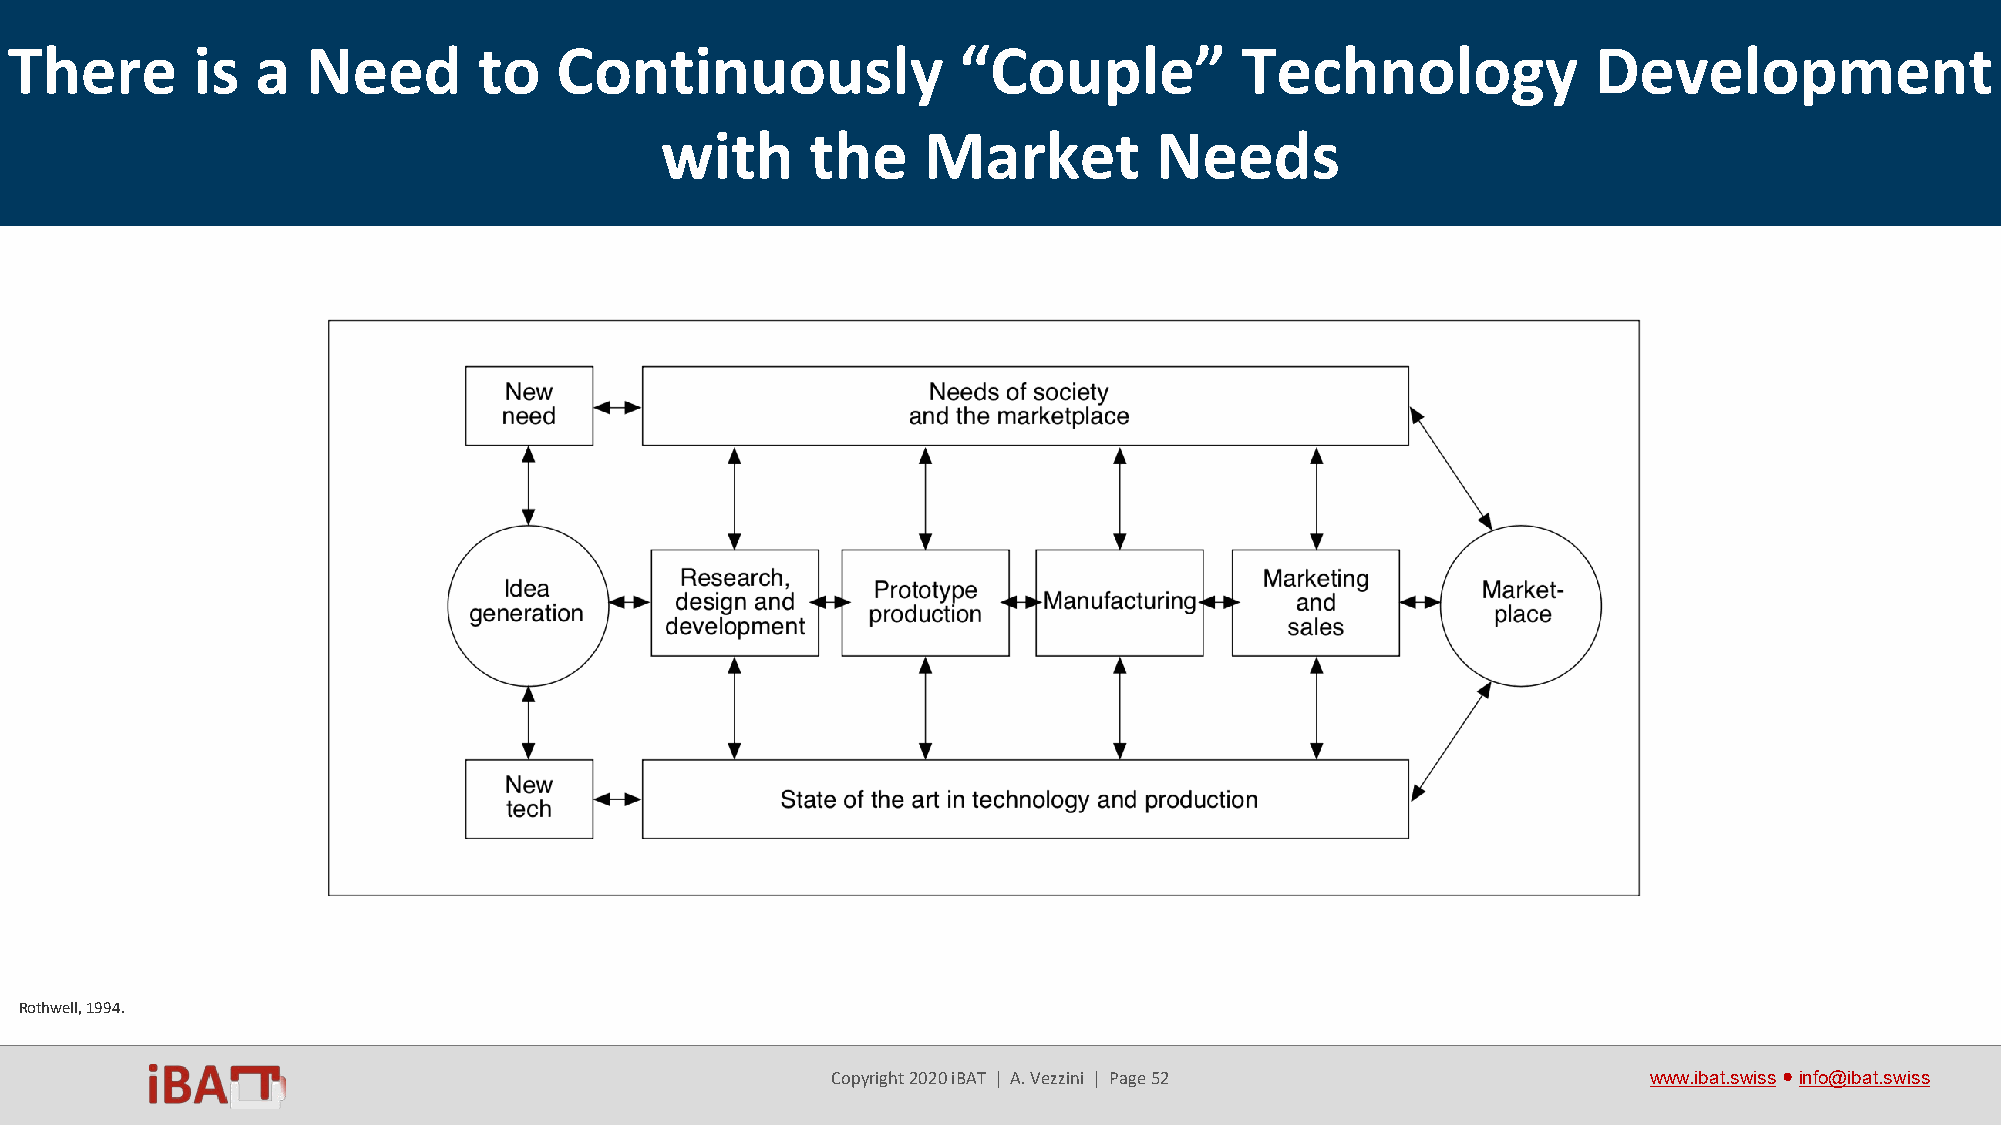
There       is  a  Need        to   Continuously              “Couple”           Technology              Development
 with      the    Market          Needs
 Rothwell, 1994.
 Copyright 2020 iBAT | A. Vezzini | Page 52            www.ibat.swiss●info@ibat.swiss